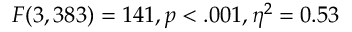
F ( 3 , 3 8 3 ) = 1 4 1 , p < . 0 0 1 , \eta ^ { 2 } = 0 . 5 3